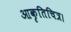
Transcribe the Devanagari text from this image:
आकृतिचित्र।